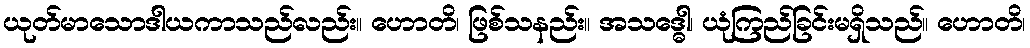
ယုတ်မာသောဒါယကာသည်လည်း။ ဟောတိ၊ ဖြစ်သနည်း။ အသဒ္ဓေါ၊ ယုံကြည်ခြင်းမရှိသည်။ ဟောတိ၊